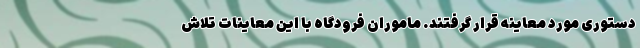
دستوری مورد معاینه قرار گرفتند. ماموران فرودگاه با این معاینات تلاش